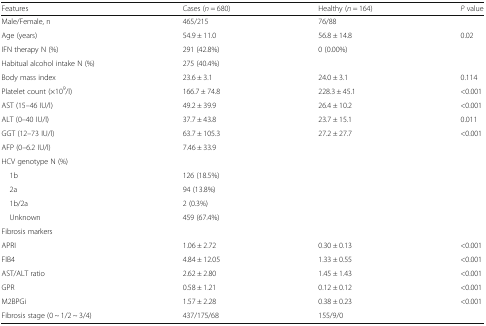
| Features | Cases (n = 680) | Healthy (n = 164) | P value |
 | --- | --- | --- | --- |
 | Male/Female, n | 465/215 | 76/88 |  |
 | Age (years) | 54.9 ± 11.0 | 56.8 ± 14.8 | 0.02 |
 | IFN therapy N (%) | 291 (42.8%) | 0 (0.00%) |  |
 | Habitual alcohol intake N (%) | 275 (40.4%) |  |  |
 | Body mass index | 23.6 ± 3.1 | 24.0 ± 3.1 | 0.114 |
 | Platelet count (×109/l) | 166.7 ± 74.8 | 228.3 ± 45.1 | <0.001 |
 | AST (15–46 IU/l) | 49.2 ± 39.9 | 26.4 ± 10.2 | <0.001 |
 | ALT (0–40 IU/l) | 37.7 ± 43.8 | 23.7 ± 15.1 | 0.011 |
 | GGT (12–73 IU/l) | 63.7 ± 105.3 | 27.2 ± 27.7 | <0.001 |
 | AFP (0–6.2 IU/l) | 7.46 ± 33.9 |  |  |
 | <COLSPAN=4> HCV genotype N (%) |
 | 1b | 126 (18.5%) |  |  |
 | 2a | 94 (13.8%) |  |  |
 | 1b/2a | 2 (0.3%) |  |  |
 | Unknown | 459 (67.4%) |  |  |
 | <COLSPAN=4> Fibrosis markers |
 | APRI | 1.06 ± 2.72 | 0.30 ± 0.13 | <0.001 |
 | FIB4 | 4.84 ± 12.05 | 1.33 ± 0.55 | <0.001 |
 | AST/ALT ratio | 2.62 ± 2.80 | 1.45 ± 1.43 | <0.001 |
 | GPR | 0.58 ± 1.21 | 0.12 ± 0.12 | <0.001 |
 | M2BPGi | 1.57 ± 2.28 | 0.38 ± 0.23 | <0.001 |
 | Fibrosis stage (0 ~ 1/2 ~ 3/4) | 437/175/68 | 155/9/0 |  |